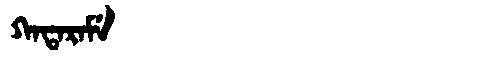
Manchu: ᡴᠠᡨᠠᡵᠠᠮᡝ
Romanization: KATARAME